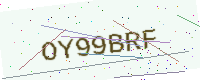
Text: OY99BRF